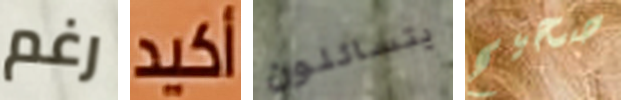
رغم أكيد يتسائلون صحيح